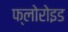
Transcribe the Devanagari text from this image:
फ्लोरोइड